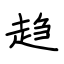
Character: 趋